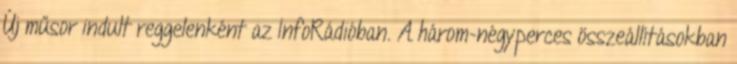
Új műsor indult reggelenként az InfoRádióban. A három-négyperces összeállításokban